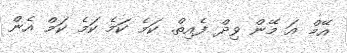
އޭމް އަ މޭން ވިދް ފެއިތް. ކަމެ ކަމެ ކަމެ ކަމް އެން